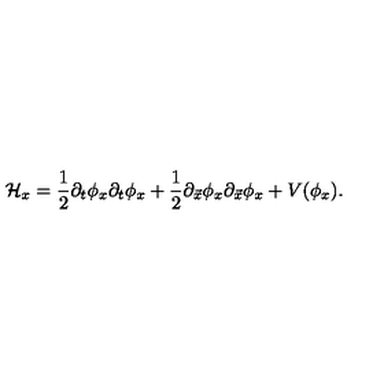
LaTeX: { \cal H } _ { x } = { \frac { 1 } { 2 } } \partial _ { t } \phi _ { x } \partial _ { t } \phi _ { x } + { \frac { 1 } { 2 } } \partial _ { \vec { x } } \phi _ { x } \partial _ { \vec { x } } \phi _ { x } + V ( \phi _ { x } ) .